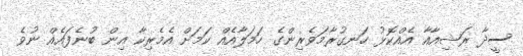
ސީދާ ރަޝިއާއާ އެއްކޮޅު ހަނގުރާމަވެރިންގެ ހަމަލާއެއް ކަމަށް އެމެރިކާ އިން ބުނެފައެއް ނުވެ